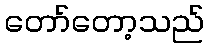
တော်တော့သည်